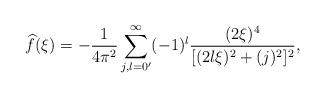
LaTeX: \begin{align*}\widehat{f}(\xi )=-\frac{1}{4\pi ^{2}}\sum_{j,l=0^{\prime }}^{\infty}(-1)^{l}\frac{(2\xi )^{4}}{[(2l\xi )^{2}+(j)^{2}]^{2}},\end{align*}